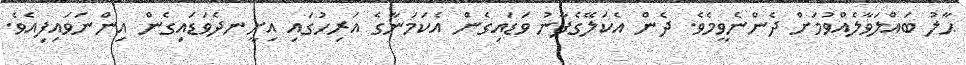
ޙާލު ބައްލަވާލެއްވުމަށް ދެންނެވީމެވެ. ދެން އެކަލޭގެފާނު ވަޑައިގެން އެކަމަނާގެ އަރިހުގައި އިށީނދެވަޑައިގެން އިންނަވައިފިއެވެ.